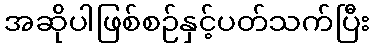
အဆိုပါဖြစ်စဉ်နှင့်ပတ်သက်ပြီး